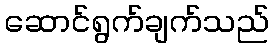
ဆောင်ရွက်ချက်သည်